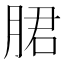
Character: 𬂁